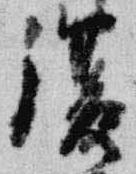
復